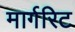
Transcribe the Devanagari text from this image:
मार्गरिट